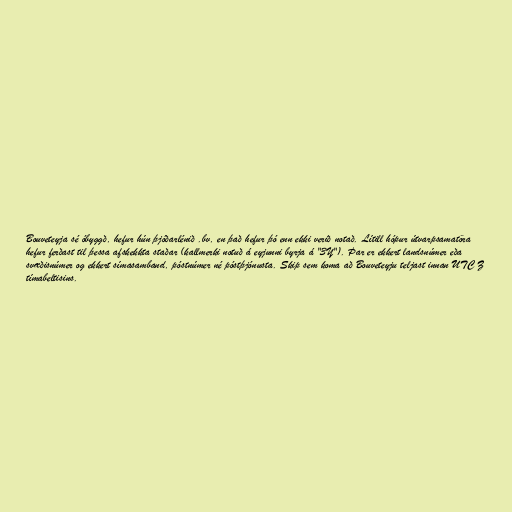
Bouveteyja sé óbyggð, hefur hún þjóðarlénið .bv, en það hefur þó enn ekki verið notað. Lítill hópur útvarpsamatöra
hefur ferðast til þessa afskekkta staðar (kallmerki notuð á eyjunni byrja á "3Y"). Þar er ekkert landsnúmer eða
svæðisnúmer og ekkert símasamband, póstnúmer né póstþjónusta. Skip sem koma að Bouveteyju teljast innan UTC Z
tímabeltisins.